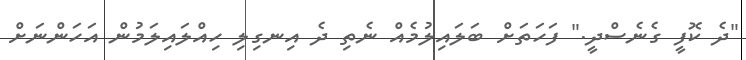
"ދެ ކޮފީ ގެނެސްދީ." ފަހަތަށް ބަލައިލުމެއް ނެތި ދެ އިނގިލި ހިއްލައިލަމުން އަހަންނަށް